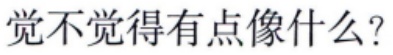
觉不觉得有点像什么？